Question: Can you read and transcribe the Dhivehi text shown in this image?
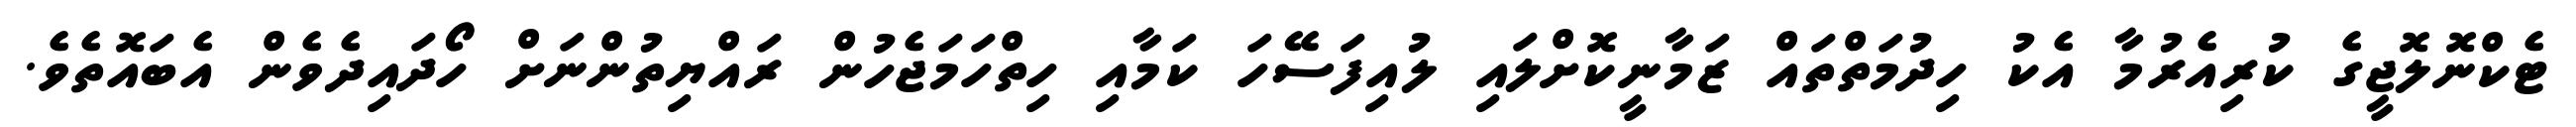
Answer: ޓެކްނޮލޮޖީގެ ކުރިއެރުމާ އެކު ހިދުމަތްތައް ޒަމާނީކޮށްލައި ލުއިފަސޭހަ ކަމާއި ހިތްހަމަޖެހުން ރައްޔިތުންނަށް ހޯދައިދެވެން އެބައޮތެވެ.